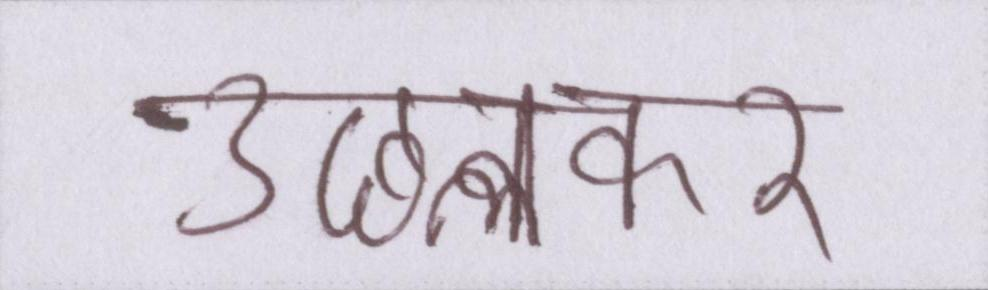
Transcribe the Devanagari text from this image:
उछलकर